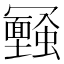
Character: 𠖪